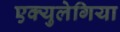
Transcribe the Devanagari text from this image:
एक्युलेगिया